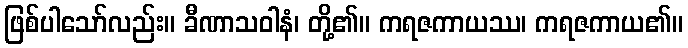
ဖြစ်ပါသော်လည်း။ ခီဏာသဝါနံ၊ တို့၏။ ကရဇကာယဿ၊ ကရဇကာယ၏။